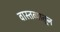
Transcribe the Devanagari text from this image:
वास्तव्यातून